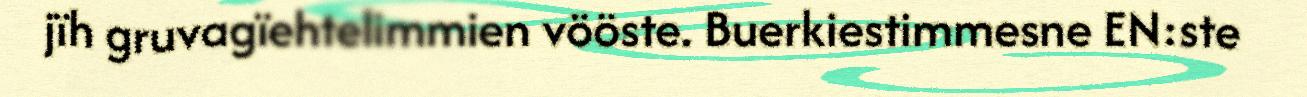
jïh gruvagïehtelimmien vööste. Buerkiestimmesne EN:ste